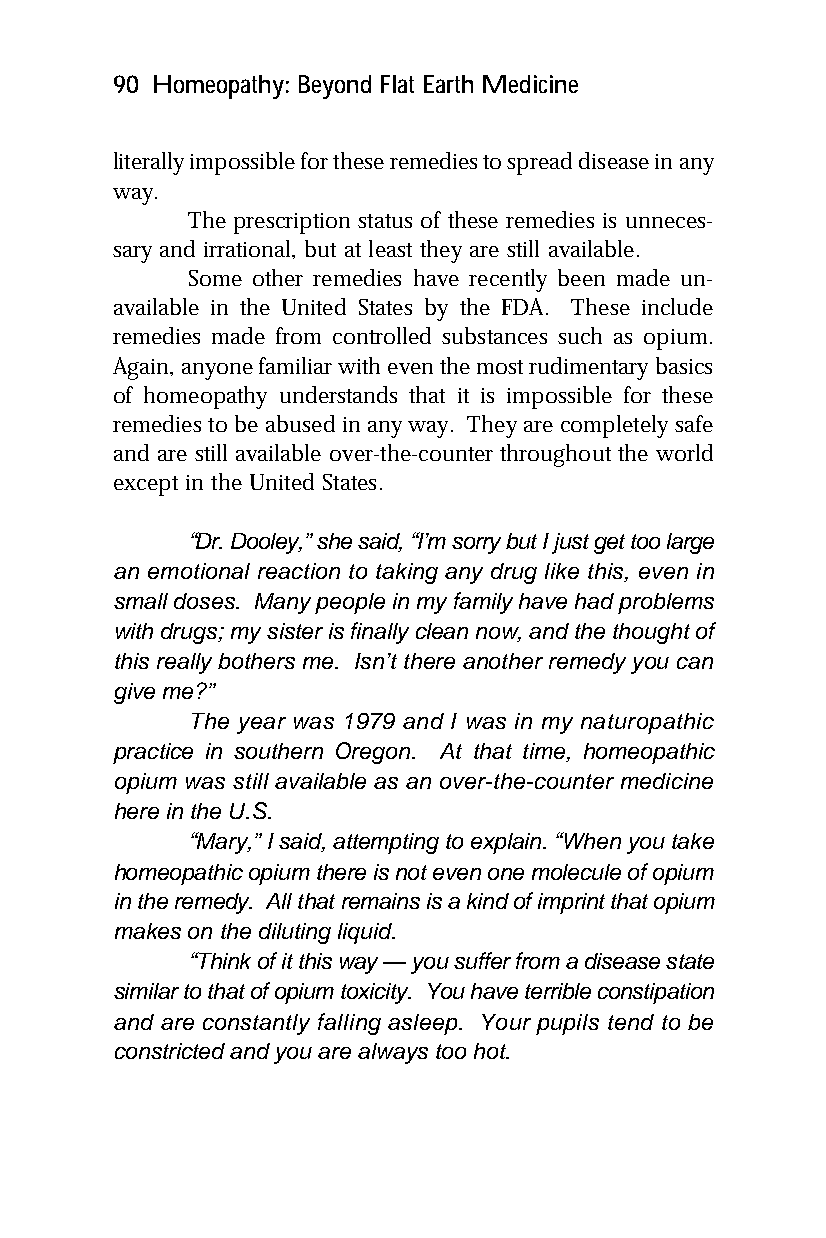
90 Homeopathy: Beyond Flat Earth Medicine
 literally impossible for these remedies to spread disease in any
 way.
 The prescription status of these remedies is unneces-
 sary and irrational, but at least they are still available.
 Some other remedies have recently been made un-
 available in the United States by the FDA. These include
 remedies made from controlled substances such as opium.
 Again, anyone familiar with even the most rudimentary basics
 of homeopathy understands that it is impossible for these
 remedies to be abused in any way. They are completely safe
 and are still available over-the-counter throughout the world
 except in the United States.
 “Dr. Dooley,” she said, “I’m sorry but I just get too large
 an emotional reaction to taking any drug like this, even in
 small doses. Many people in my family have had problems
 with drugs; my sister is finally clean now, and the thought of
 this really bothers me. Isn’t there another remedy you can
 give me?”
 The year was 1979 and I was in my naturopathic
 practice in southern Oregon. At that time, homeopathic
 opium was still available as an over-the-counter medicine
 here in the U.S.
 “Mary,” I said, attempting to explain. “When you take
 homeopathic opium there is not even one molecule of opium
 in the remedy. All that remains is a kind of imprint that opium
 makes on the diluting liquid.
 “Think of it this way — you suffer from a disease state
 similar to that of opium toxicity. You have terrible constipation
 and are constantly falling asleep. Your pupils tend to be
 constricted and you are always too hot.